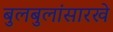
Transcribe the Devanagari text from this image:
बुलबुलांसारखे